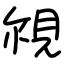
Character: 覙